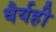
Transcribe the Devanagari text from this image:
धैर्यही